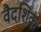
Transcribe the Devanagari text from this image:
वैदशिक